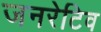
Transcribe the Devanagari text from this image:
जनरेटिव